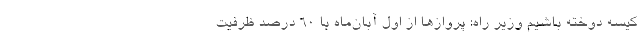
کیسه دوخته باشیم وزیر راه: پروازها از اول آبان‌ماه با ۶۰ درصد ظرفیت